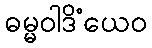
ဓမ္မဝါဒိံယေဝ